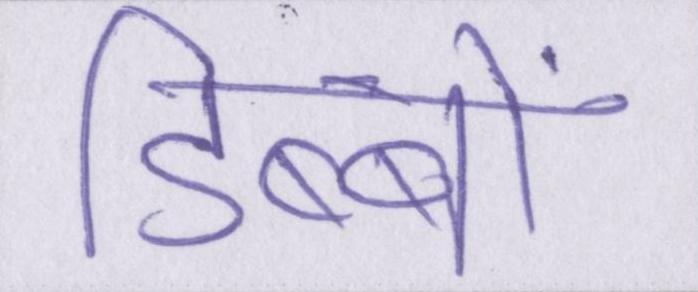
डिब्बों